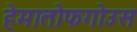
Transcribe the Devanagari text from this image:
हेमातोफगोउस